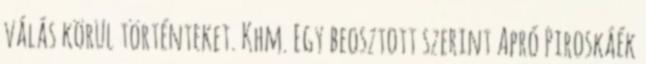
válás körül történteket. Khm. Egy beosztott szerint Apró Piroskáék